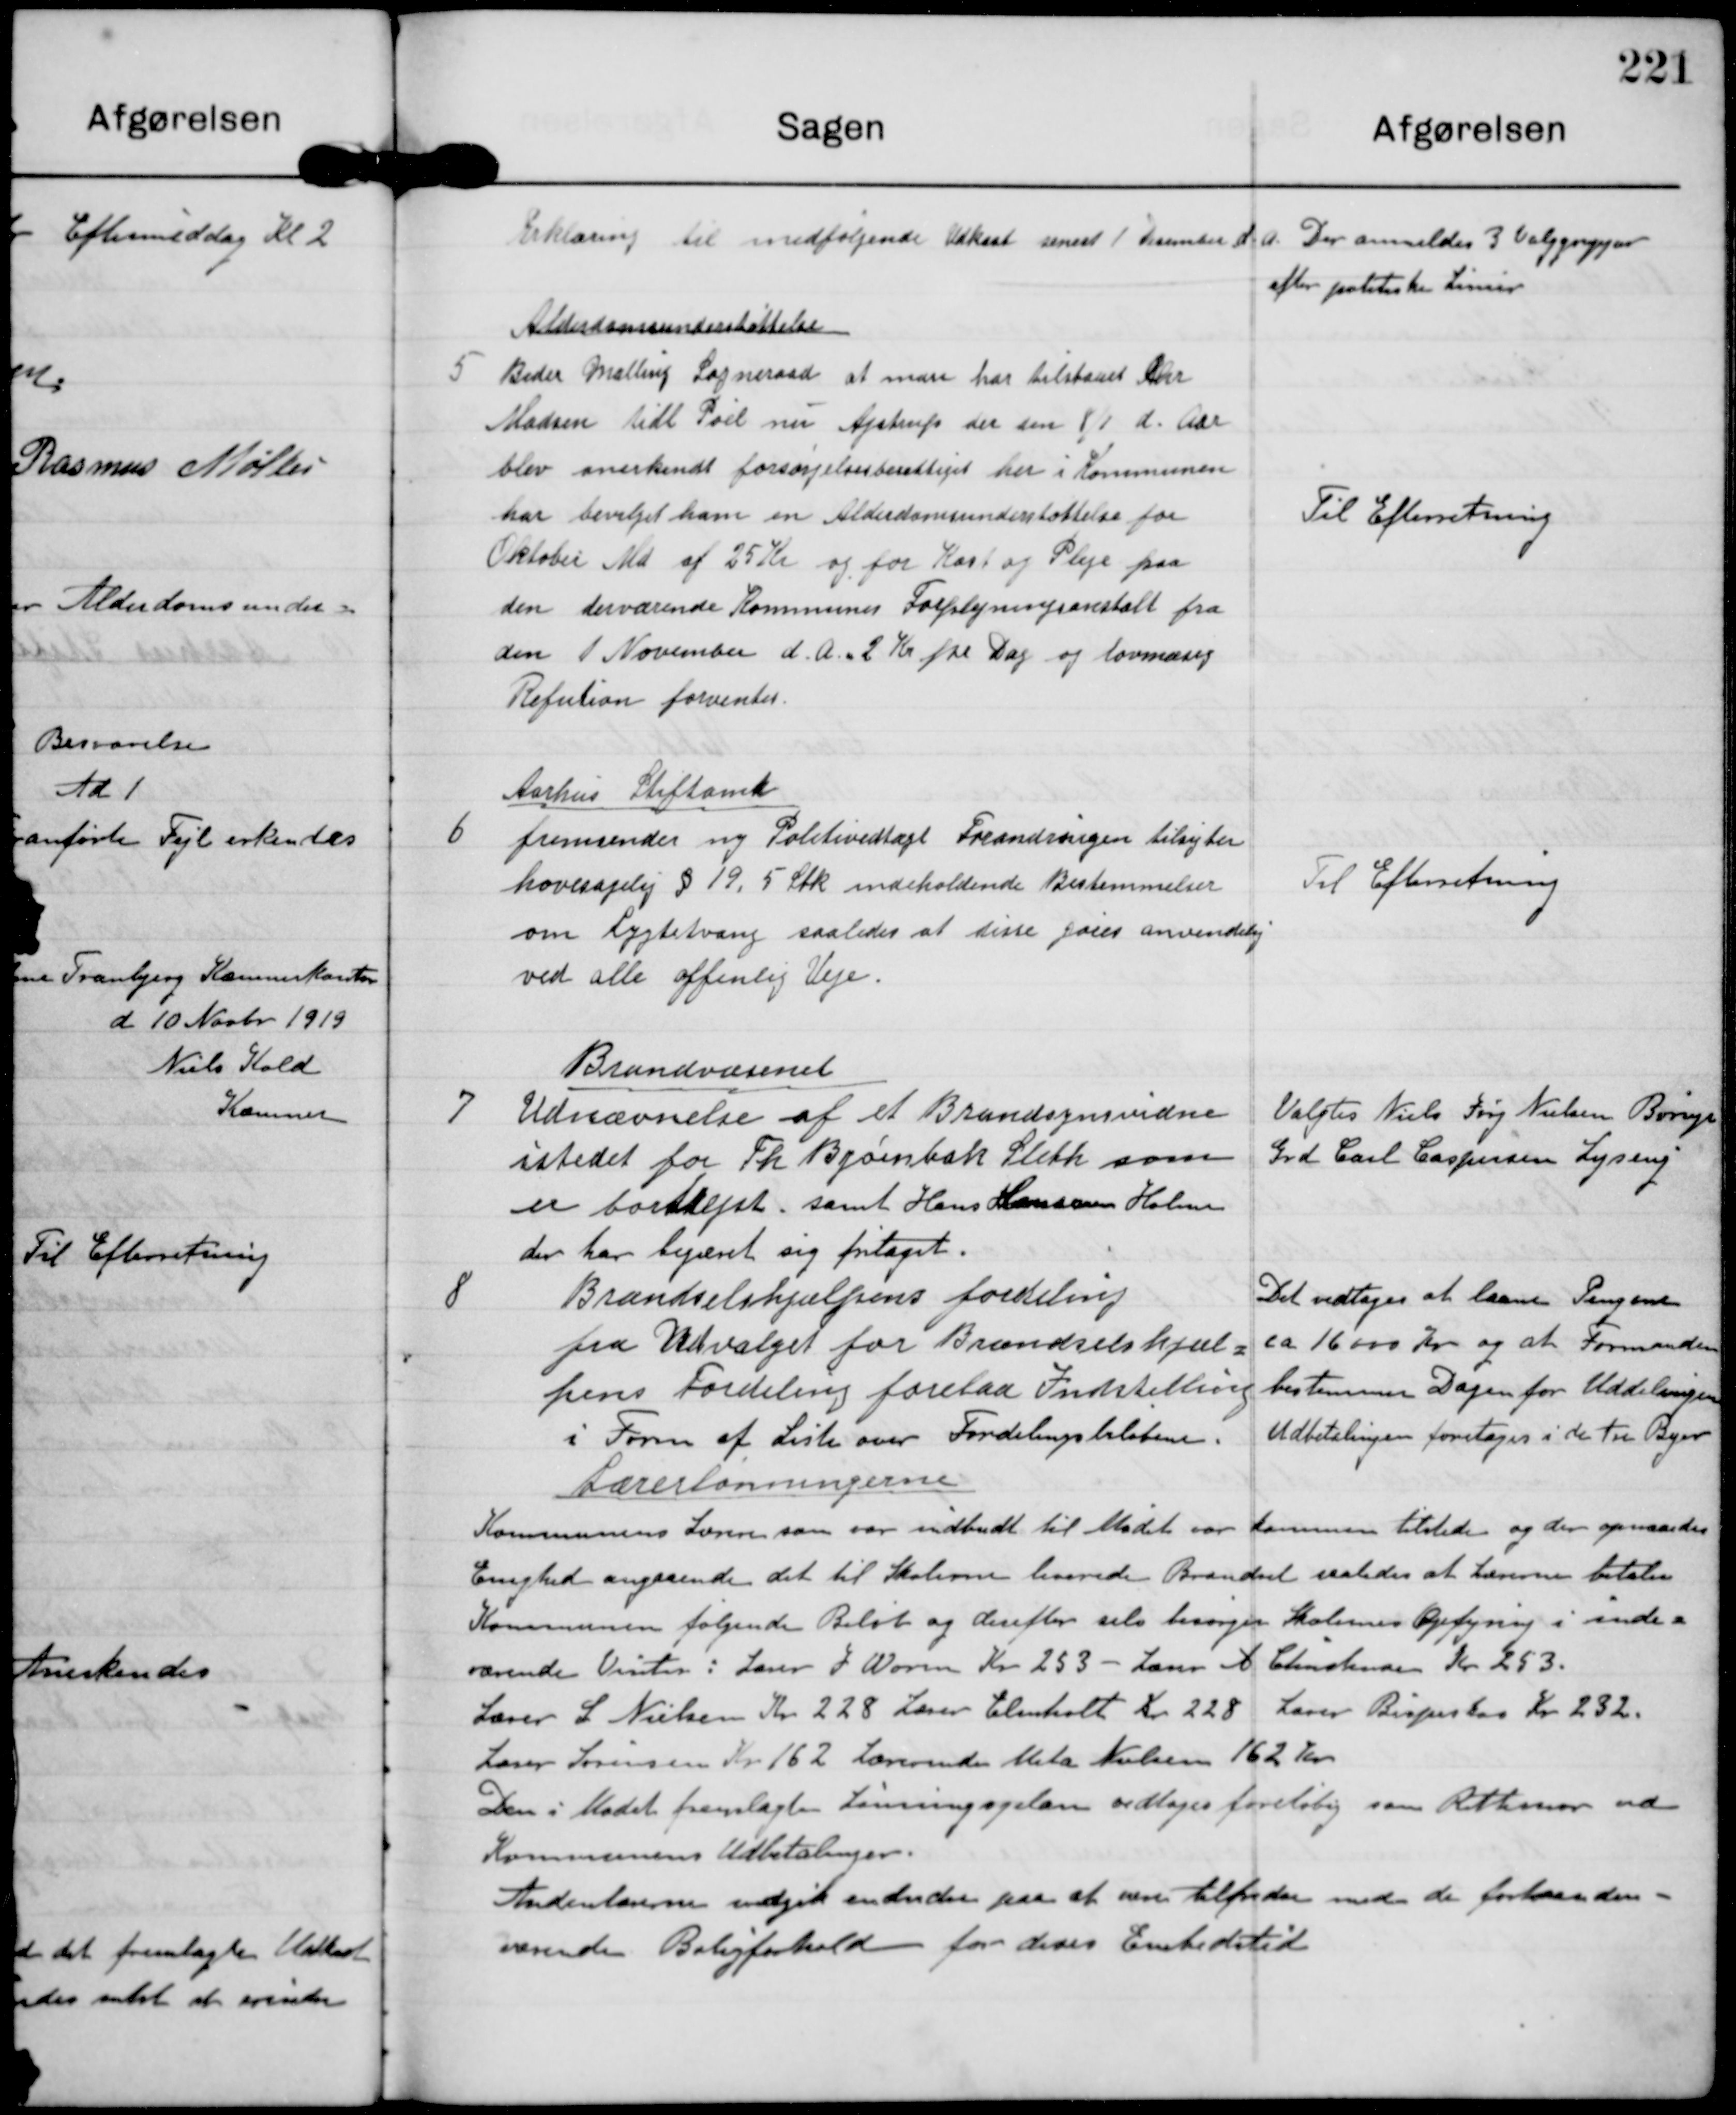
Transskription:
Erklæring til medfølgende Udkast senest 1 Desember d.A

Der anmeldes 3 Valggrupper
efter politiske Linier

5

Alderdomsunderstøttelse
Beder Malling Sogneraad at man har tilstaaet Chr
Madsen tidl. Poil nu Ajstrup der den 8/1 d.Aar
blev anerkendt forsørgelsesberettiget her i Kommunen
har bevilget ham en Alderdomsunderstøttelse for
Oktober Md af 25 Kr og for Kost og Pleje paa
den derværende Kommunes Forplejningsanstalt fra
den 1 November d.A 2 Kr pr Dag og lovmæssig
Refution forventes.

Til Efterretning

6

Aarhus Stiftamt
fremsender ny Politivedtægt Forandringen tilsigter
hovesagelig §19, 5 Stk indeholdende Bestemmelser
om Lygtetvang saaledes at dissse gøres anvendelig
ved alle offenlig Veje.

Til Efterretning

7

Brandvæsenet
Udnævnelse af et Brandsynsvidne
istedet for Th Bjørnbak Sleth som
er bortrejst samt Hans Hansen Holme
der har begæret sig fritaget.

Valgtes Niels Jørg. Nielsen Børup
Grd Carl Caspersen Lyseng

8

Brændselshjælpens fordeling
fra udvalget for Brændselshjæl-
pens Fordeling forelaa Indstilling
i Form af Liste over Fordelingsbeløbene

Det vedtoges at laane Pengene
ca 16000 Kr og at Formanden
bestemmer Dagen for Uddelingen.
Udbetalingen foretages i de tre Byer.

Lærerlønningerne
Kommunens Lærer som var indbudt til Mødet var kommen tilstede og der opnaaedes
Enighed angaaende det til Skolerne leverede Brændsel saaledes at Lærerne betaler
Kommunen følgende Beløb og derefter selv besørger Skolernes Opfyring i  inde-
værende Vinter: Lører J. Worm Kr 253 - Lærer A Christensen Kr 253
Lærer S. Nielsen kr 228. Lærer Elmholt Kr 228. Lærer Bisperhus Kr 232.
Lærer Sørensen Kr 162. Lærerinde Meta Nielsen 162 Kr
Den i Mødet fremlagte Lønningsplan vedtoges foreløbig som Rettesnor ved
Kommunens Udbetalinger.
Andenlærerne indgik endvidere paa at være tilfredse med de forhånden-
værende Boligforhold for deres Embedstid.